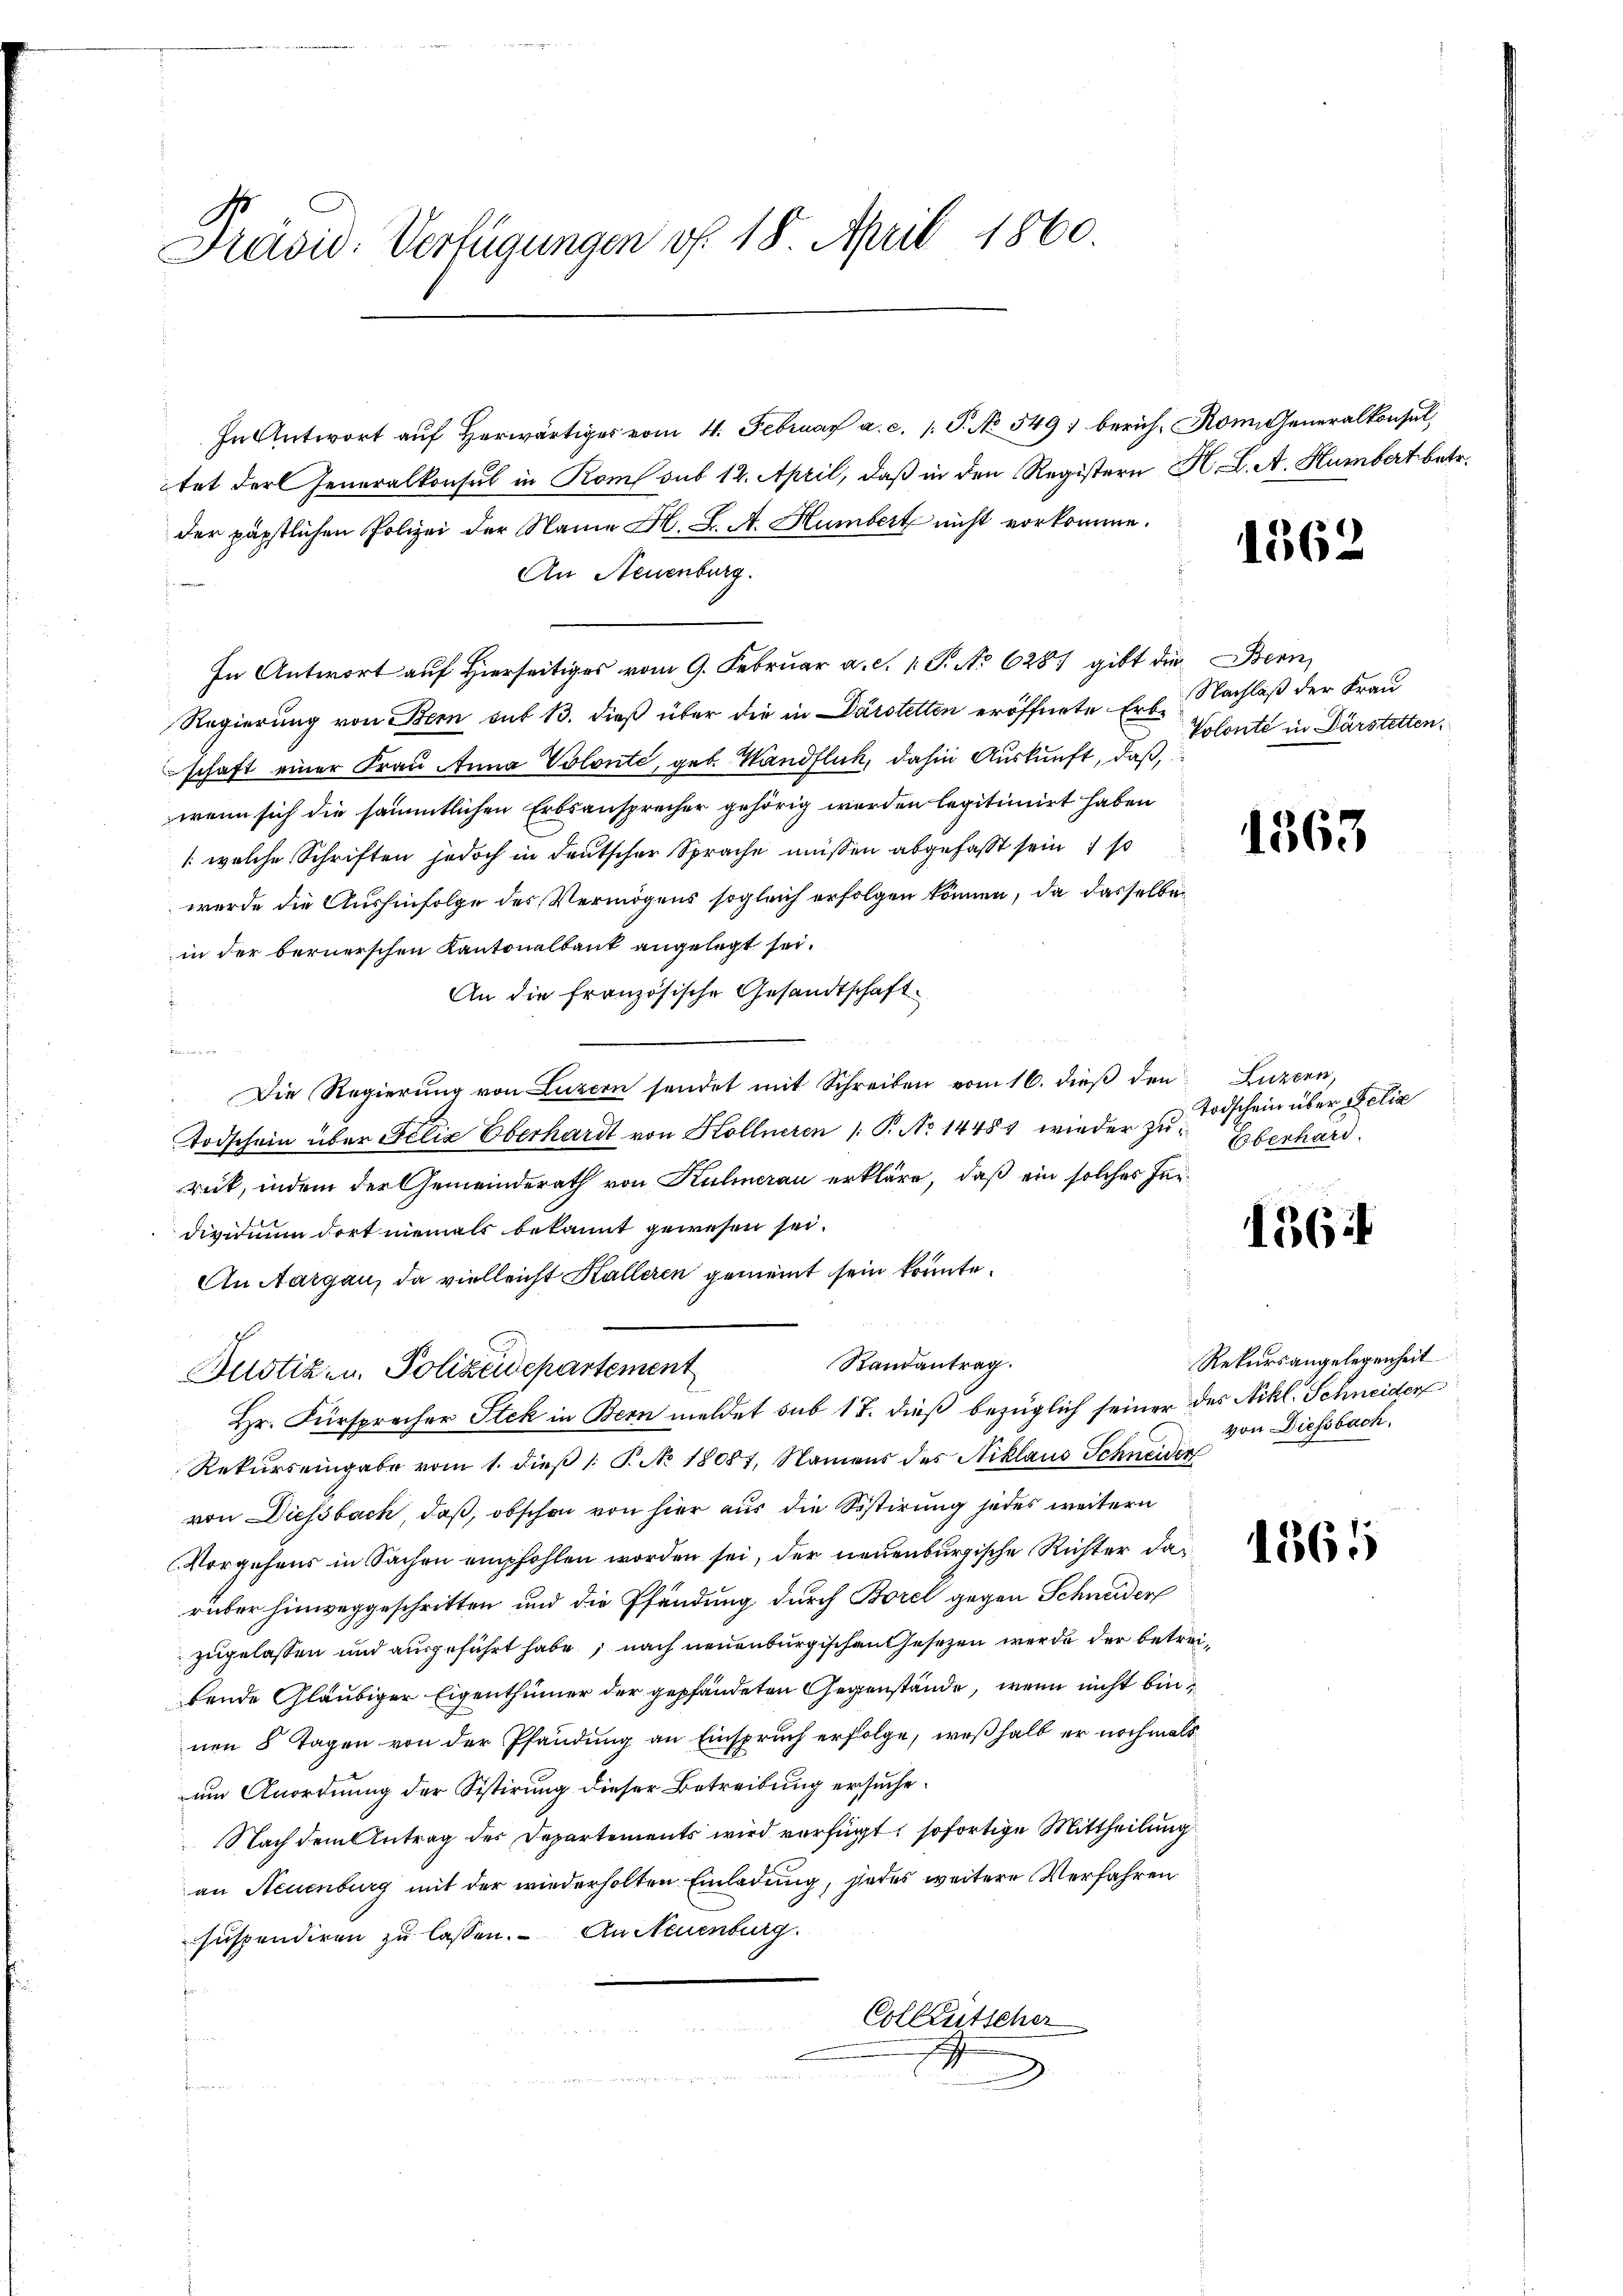
Präsid. Verfügungen f. 18. April 1860.

In Antwort aŭf herwärtiger vom 4. Februar a. c. 1. P. No 549) berich, Rom. Generalkonsul
tet der Generalkonsul in Rom sub 12. April, daß in den Registern H. L. A. Humbert betr.
der päpstlichen Polizei der Name H. L. A. Humbert nicht vorkomme.
An Neuenburg.

In Antwort auf Hierseitiges vom 9. Februar a. c. 1 S. No 628 gibt die Bern,
Regierung von Bern auf 13. dieß über die in Darstetten eröffnete Erb. Nachlaß der Frau
schaft einer Frau Anna Volonté, geb. Wandflich, dahin Auskunft, daß,
wenn sich die sämmtlichen Erbsansprecher gehörig werden legitimirt haben
/: welche Schriften jedoch in deutscher Sprache müssen abgefaßt sein 1 so
wurde die Aushinfolge des Vermögens sogleich erfolgen können, da dasselben
in der bernerschen Kantonalbank angelegt sei.
An die französische Gesandtschaft
Hammenme
Die Regierŭng von Luzern sendet mit Schreiben vom 16. dieβ den Luzern,
Todschein über Felix Oberhardt von Hollneren 1 S. No 14481 wieder zu Eberhard.
rek, indem der Gemeinderath von Kulmerau erkläre, daß ein solches Inndivnium dort niemals bekannt gewesen sei.
An Aargau, da vielleicht Halleren gemeint sein könnte.
Randantrag.
Justiz- u. Polizeidepartement
Hr. Fürsprocher Stek in Bern meldet sub 17. dieß bezüglich seiner des Nikl. Schneider
Rekurs eingabe vom 1. dieß 1: P. No 18081, Namens des Niklaus Schneider
von Diessbach, daß, obschon von hier aus die Sistirung jedes weitern
Vorgehens in Sachen empfohlen worden sei, der neuenburgische Richter darüber hinweggeschritten und die Pfändung durch Borel gegen Schneider
zugelassen und ausgeführt habe, nach neuenburgischen Gesetzen werde der betreibende Gläubiger Eigenthümer der gepfändeten Gegenstände, wenn nicht binnen 8 Tagen von der Pfandung an Einspruch erfolge, weßhalb er nochmals
um Anordnung der Sistirung dieser Betreibung ersuche¬
Nach dem Antrag des Departements wird verfügt, sofortige Mittheilung
an Neuenburg mit der wiederholten Einladung, jedes weitere Verfahren
suspendiren zu lassen. An Neuenburg.
Colktütscher
t

1562

Volonté in Darstetten.

1363.

Todschein über Felia

136

Rekursangelegenheit
von Diessbach.

1565